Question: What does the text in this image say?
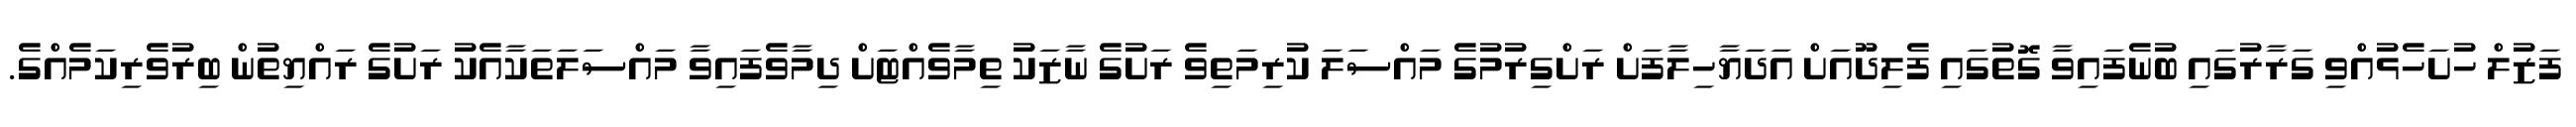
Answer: ފަޒުލް ހުށަހެޅުއްވި ގަރާރުގައި ބުނެފައިވާ ގޮތުގައި ފެލިދޫއަށް އަދަޔާހިލާފަށް ރަށްގިރުމުގެ މައްސަލަ ކުރިމަތިވެ ރަށުގެ ނާޒަކު ތިމާވެއްޓަށް ދިމާވެފައިވާ މައްސަލަތަކާއެކު ރަށުގެ ރައްޔިތުން ބިރުވެރިކަމެއްގެ.